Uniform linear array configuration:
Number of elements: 32
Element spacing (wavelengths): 1
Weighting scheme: blackman
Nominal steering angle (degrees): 60
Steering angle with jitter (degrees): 58.332
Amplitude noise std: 0.05
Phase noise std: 0.05

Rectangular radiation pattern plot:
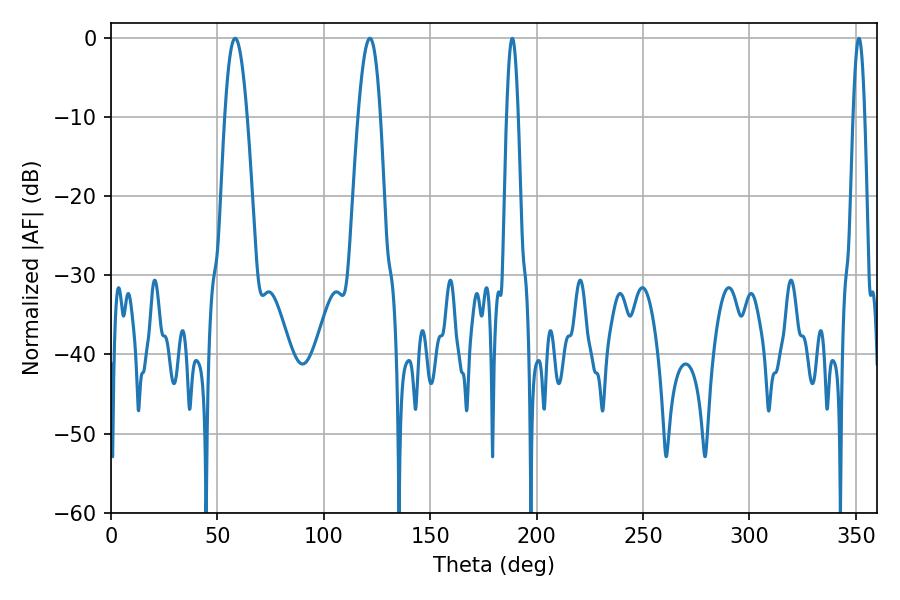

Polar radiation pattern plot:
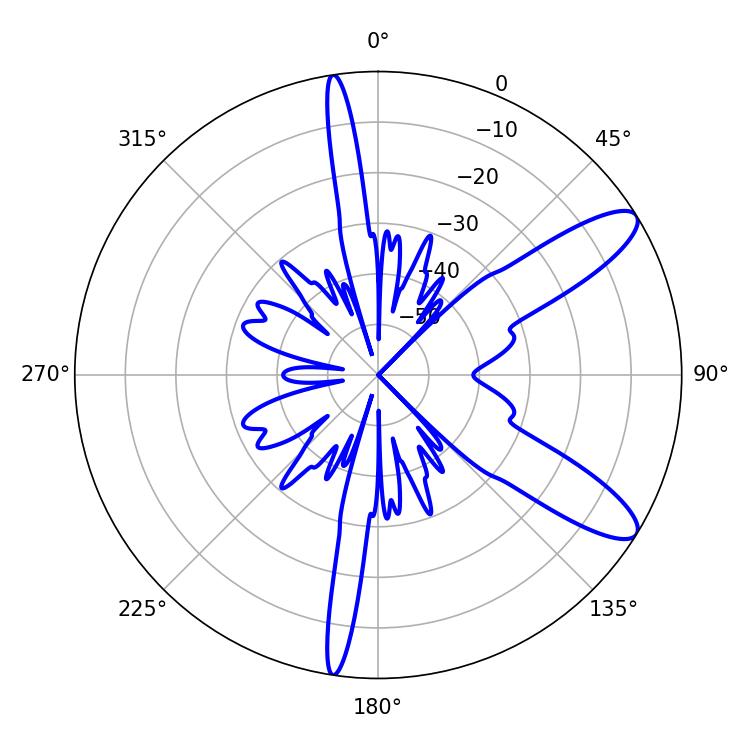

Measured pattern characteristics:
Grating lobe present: TRUE
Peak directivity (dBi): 10.742
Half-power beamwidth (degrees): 5.76
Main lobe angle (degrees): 58.32